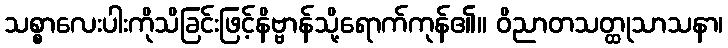
သစ္စာလေးပါးကိုသိခြင်းဖြင့်နိဗ္ဗာန်သို့ရောက်ကုန်၏။ ဝိညာတသတ္ထုသာသနာ၊